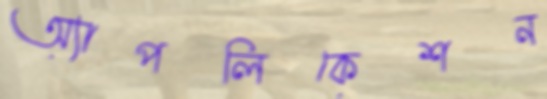
অ্যাপলিকেশন